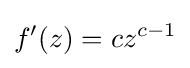
f'(z)=cz^{c-1}